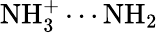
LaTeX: \mathrm{NH_{3}^{+}\cdots NH_{2}}